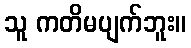
သူ ကတိမပျက်ဘူး။